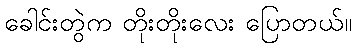
ခေါင်းတွဲက တိုးတိုးလေး ပြောတယ်။